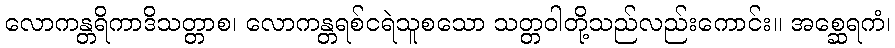
လောကန္တရိကာဒိသတ္တာစ၊ လောကန္တရစ်ငရဲသူစသော သတ္တဝါတို့သည်လည်းကောင်း။ အစ္ဆေရကံ၊